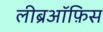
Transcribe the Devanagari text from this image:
लीब्रऑफ़िस